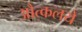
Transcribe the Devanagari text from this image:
औत्कलये